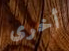
أخرى